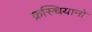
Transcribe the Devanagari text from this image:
क्रस्चियानो